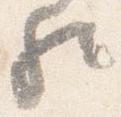
歟